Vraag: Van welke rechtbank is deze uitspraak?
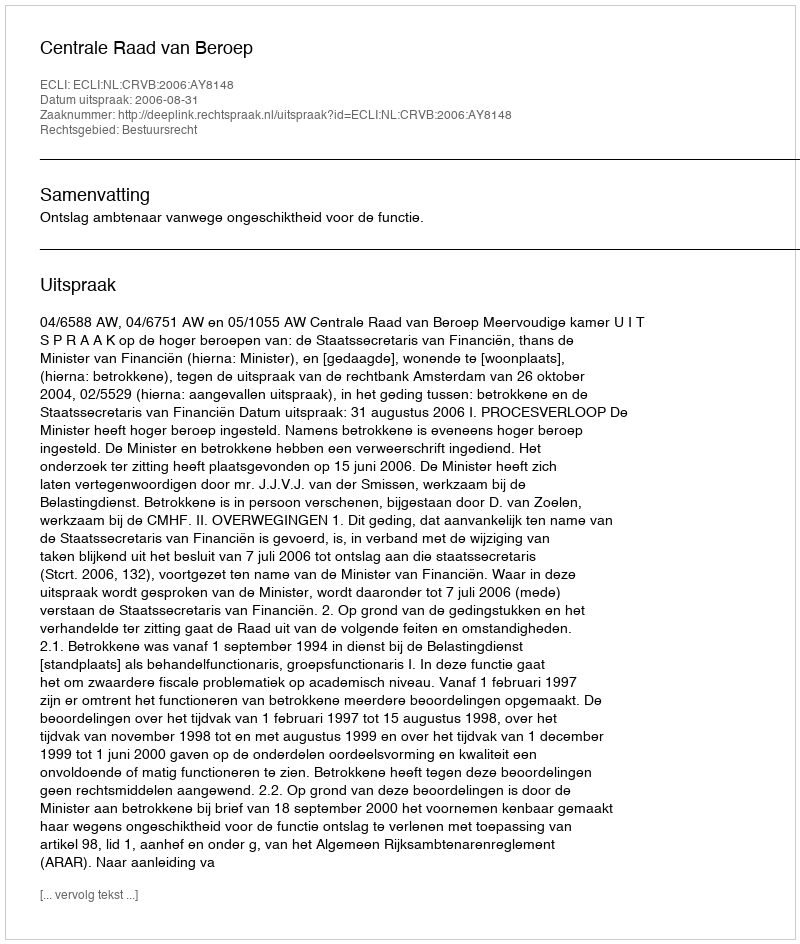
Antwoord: Centrale Raad van Beroep